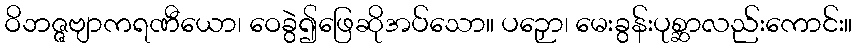
ဝိဘဇ္ဇဗျာကရဏီယော၊ ဝေခွဲ၍ဖြေဆိုအပ်သော။ ပဉှော၊ မေးခွန်းပုစ္ဆာလည်းကောင်း။